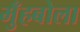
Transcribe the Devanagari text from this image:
मुँहबोला